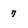
Character: 7